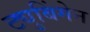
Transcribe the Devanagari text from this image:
ट्युबिंगेन